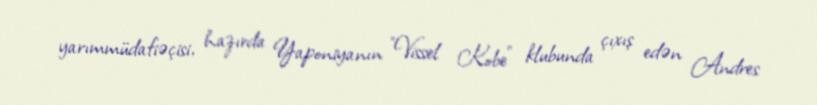
yarımmüdafiəçisi, hazırda Yaponiyanın "Vissel Kobe" klubunda çıxış edən Andres